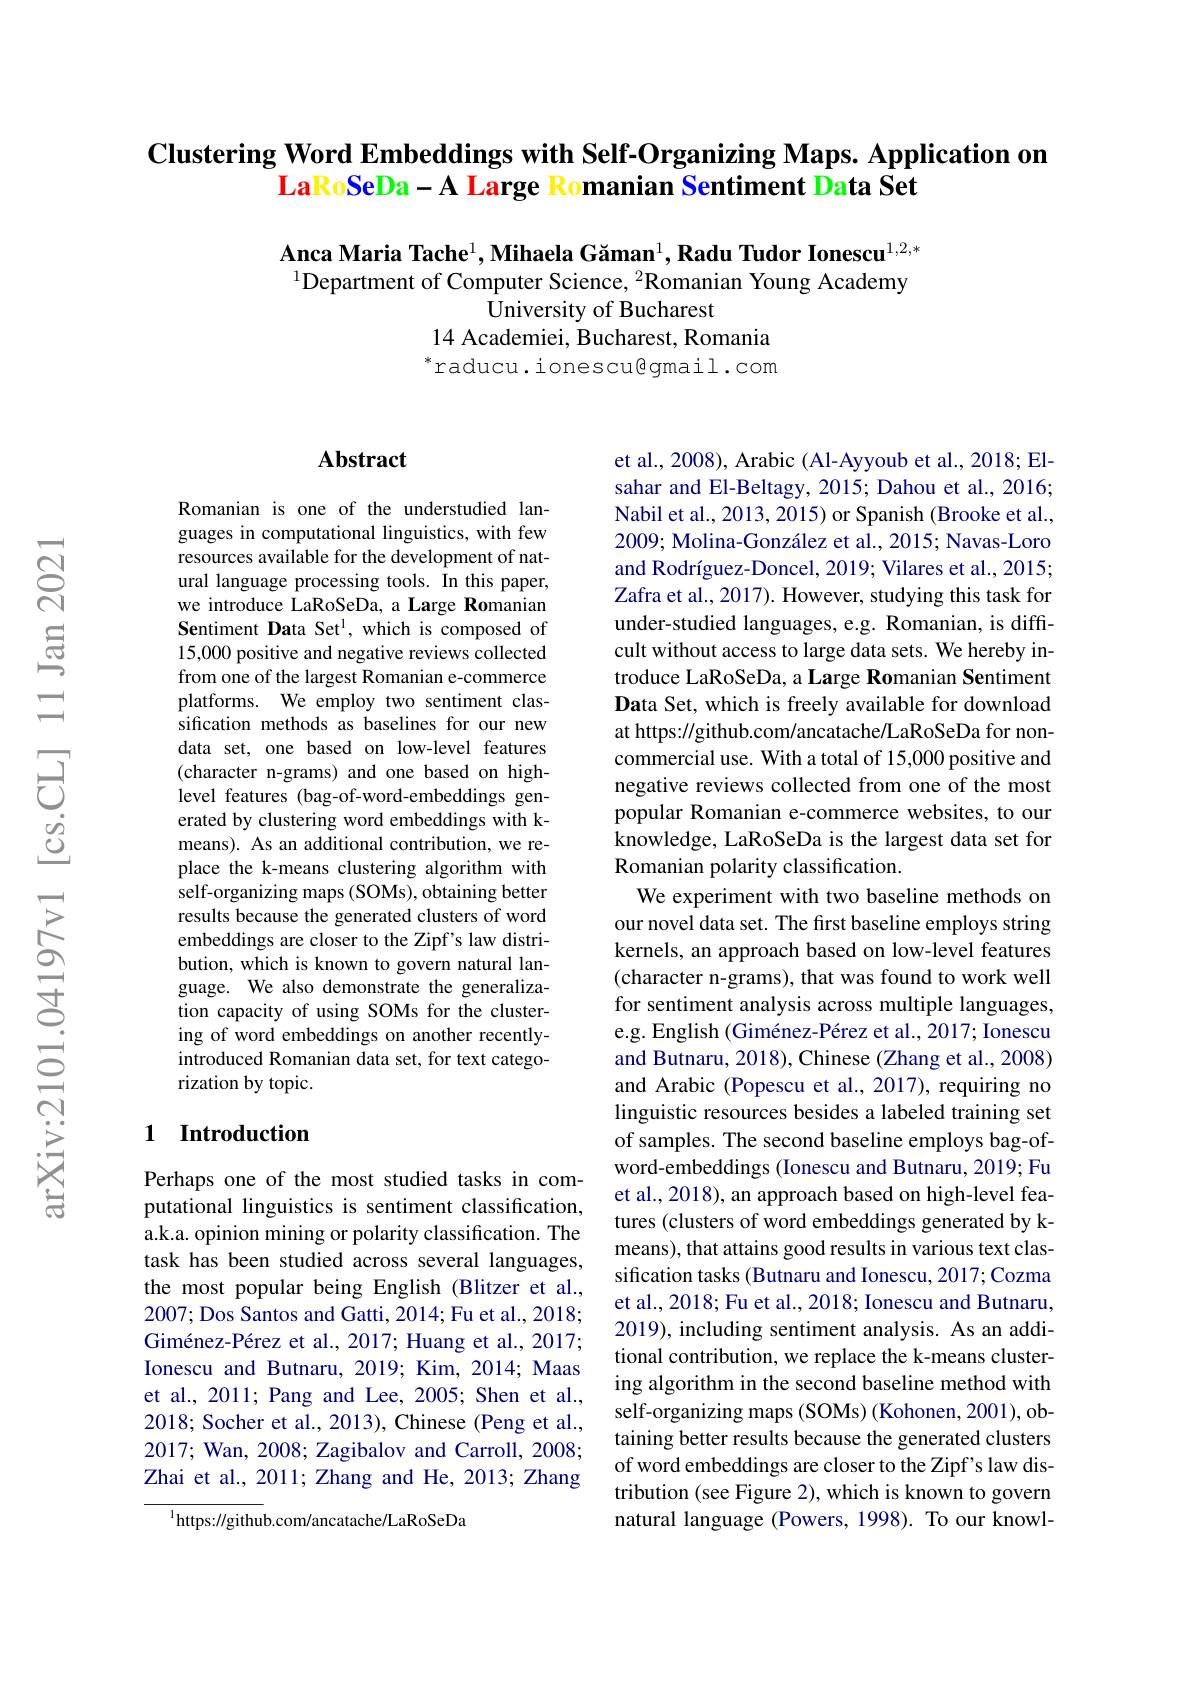
## Clustering Word Embeddings with Self-Organizing Maps. Application on LaRoSeDa - A Large Romanian Sentiment Data Set

Anca Maria Tache$^1,\text{MihaelaGăman}^1,\textbf{Radu Tudor Ionescu}^{1,2,*}$ $^{1}$Department of Computer Science, $^{2}$Romanian Young Academy
University of Bucharest
14 Academiei, Bucharest, Romania $^*$raducu.ionescu@gmail.com

### $\mathbf{Abstract}$

Romanian is one of the understudied languages in computational linguistics, with few resources available for the development of natural language processing tools. In this paper, we introduce LaRoSeDa, a Large Romanian Sentiment Data Set$^{1}$, which is composed of 15,000 positive and negative reviews collected from one of the largest Romanian e-commerce platforms. We employ two sentiment classification methods as baselines for our new data set, one based on low-level features (character n-grams) and one based on highlevel features (bag-of-word-embeddings generated by clustering word embeddings with kmeans). As an additional contribution, we replace the k-means clustering algorithm with self-organizing maps (SOMs), obtaining better results because the generated clusters of word embeddings are closer to the Zipf's law distribution, which is known to govern natural language. We also demonstrate the generalization capacity of using SOMs for the clustering of word embeddings on another recentlyintroduced Romanian data set, for text categorization by topic.

## 1 Introduction

Perhaps one of the most studied tasks in computational linguistics is sentiment classification, a.k.a. opinion mining or polarity classification. The task has been studied across several languages, the most popular being English (Blitzer et al., 2007; Dos Santos and Gatti, 2014; Fu et al., 2018; Giménez-Pérez et al., 2017; Huang et al., 2017; Ionescu and Butnaru, 2019; Kim, 2014; Maas et al., 2011; Pang and Lee, 2005; Shen et al., 2018; Socher et al., 2013), Chinese (Peng et al., 2017; Wan, 2008; Zagibalov and Carroll, 2008; Zhai et al., 2011; Zhang and He, 2013; Zhang

$^{1}$https://github.com/ancatache/LaRoSeDa

et al., 2008), Arabic (Al-Ayyoub et al., 2018; Elsahar and El-Beltagy, 2015; Dahou et al., 2016; Nabil et al., 2013, 2015) or Spanish (Brooke et al., 2009; Molina-González et al., 2015; Navas-Loro and Rodríguez-Doncel, 2019; Vilares et al., 2015; Zafra et al., 2017). However, studying this task for under-studied languages, e.g. Romanian, is difficult without access to large data sets. We hereby introduce LaRoSeDa, a Large Romanian Sentiment Data Set, which is freely available for download at https://github.com/ancatache/LaRoSeDa for noncommercial use. With a total of 15,000 positive and negative reviews collected from one of the most popular Romanian e-commerce websites, to our knowledge, LaRoSeDa is the largest data set for Romanian polarity classification.
We experiment with two baseline methods on our novel data set. The first baseline employs string kernels, an approach based on low-level features (character n-grams), that was found to work well for sentiment analysis across multiple languages, e.g. English (Giménez-Pérez et al., 2017; Ionescu and Butnaru, 2018), Chinese (Zhang et al., 2008) and Arabic (Popescu et al., 2017), requiring no linguistic resources besides a labeled training set of samples. The second baseline employs bag-ofword-embeddings (Ionescu and Butnaru, 2019; Fu et al., 2018), an approach based on high-level features (clusters of word embeddings generated by kmeans), that attains good results in various text classification tasks (Butnaru and Ionescu, 2017; Cozma et al., 2018; Fu et al., 2018; Ionescu and Butnaru, 2019), including sentiment analysis. As an additional contribution, we replace the k-means clustering algorithm in the second baseline method with self-organizing maps (SOMs) (Kohonen, 2001), obtaining better results because the generated clusters of word embeddings are closer to the Zipf's law distribution (see Figure 2), which is known to govern natural language (Powers, 1998). To our knowl-